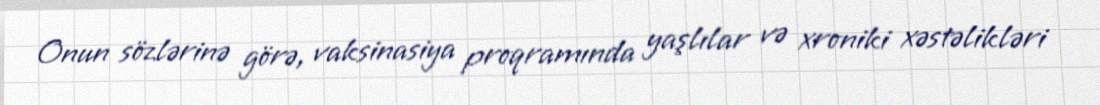
Onun sözlərinə görə, vaksinasiya proqramında yaşlılar və xroniki xəstəlikləri